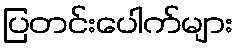
ပြတင်းပေါက်များ